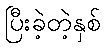
ပြီးခဲ့တဲ့နှစ်